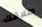
طلاقك